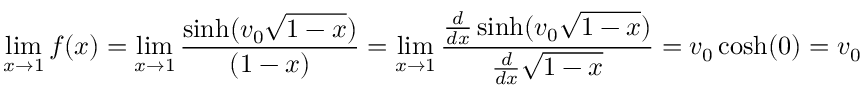
\operatorname* { l i m } _ { x \to 1 } f ( x ) = \operatorname* { l i m } _ { x \to 1 } { \frac { \sinh ( v _ { 0 } { \sqrt { 1 - x } } ) } { ( 1 - x ) } } = \operatorname* { l i m } _ { x \to 1 } { \frac { { \frac { d } { d x } } \sinh ( v _ { 0 } { \sqrt { 1 - x } } ) } { { \frac { d } { d x } } { \sqrt { 1 - x } } } } = v _ { 0 } \cosh ( 0 ) = v _ { 0 }